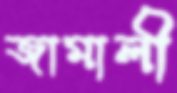
জামালী